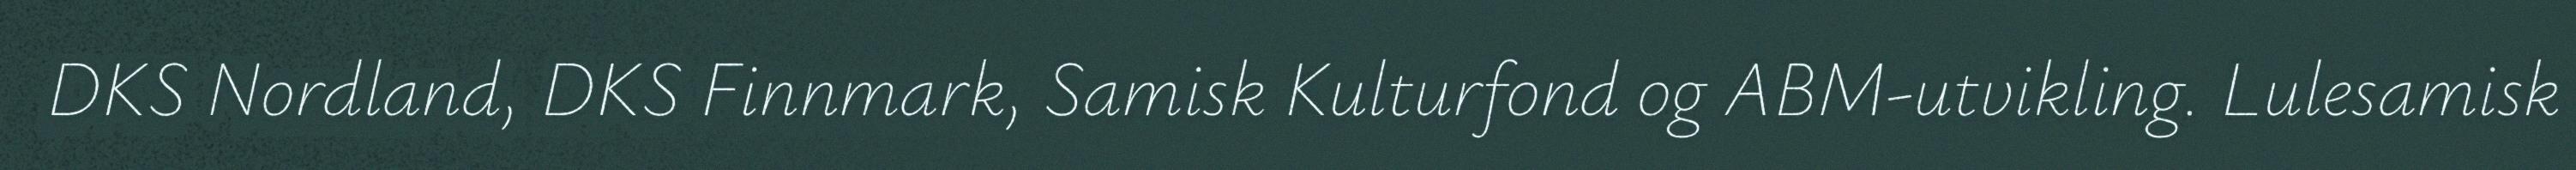
DKS Nordland, DKS Finnmark, Samisk Kulturfond og ABM-utvikling. Lulesamisk